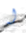
له